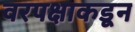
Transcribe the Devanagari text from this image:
वरपक्षाकडून